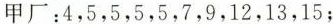
甲厂：4，5，5，5，5，7，9，12，13，15；